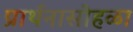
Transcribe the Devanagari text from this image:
प्रार्थनासोहळा